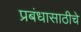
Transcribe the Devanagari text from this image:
प्रबंधासाठीचे